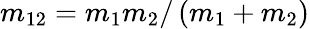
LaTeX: m_{12}=m_{1}m_{2}/\left(m_{1}+m_{2}\right)